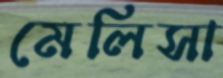
মেলিসা